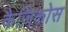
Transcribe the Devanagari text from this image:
कैज़िकोस